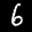
Label: 6